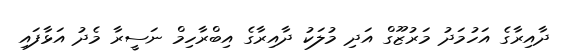
ދާއިރާގެ އަހުމަދު މަރުޒޫގް އަދި މުލަކު ދާއިރާގެ އިބްރާހިމް ނަސީރާ މެދު އަޅާފައި